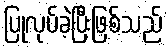
ပြုလုပ်ခဲ့ပြီးဖြစ်သည်